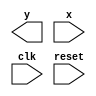
// Moore1101 - Maquinas de estados finitos
// Nome: Julio Machado

//-----------
// Moore FSM
//-----------
/* 
							Moore FSM Diagram 
		  				 				 __________________________
		 								/						  			\ 
	  			1 	   		1 	  v		0 		  		1		  1 | // found 
	[start] ---> [id1] ---> [id11] ---> [id110] ---> [id1101]
		^ \0 			0| 		1/  ^ 			  0 | 		0|
		\_/ 		 	/ 			 \__/ 				 | 		 |
		 \_________/ 									/ 			/
		  \ 											  / 		  /
		   \_________________________________/ 		 /
			 \														/
			  \______________________________________/
*/ 

//constant definitions
`define found		1
`define notfound	0

//FSM by Moore
module moore1101(y,x,clk,reset);
	output y;
	input x;
	input clk;
	input reset;
	
	reg y;
	
	parameter	//state identifiers
		start = 3'b000,
		id1 = 3'b001,
		id11 = 3'b011,
		id110 = 3'b010,
		id1101 = 3'b110; //signal found
		
		reg [1:0] E1;	//current state variables
		reg [1:0] E2;	//next state logic output
		
		//next state logic
		always @ (x or E1)
			begin
				y = `notfound;
				
				case (E1)
					start:
						if (x)
							E2 = id1;
						else
							E2 = start;
					id1:
						if (x)
							E2 = id11;
						else
							E2 = start;
					id11:
						if (x)
							E2 = id11;
						else
							E2 = id110;
					id110:
						if (x)
							E2 = id1101;
						else
							E2 = start;
					default:		//undefined state
						E2 = 2'bxx;
				endcase
			end //always at signal or state changing
			
		//state variables
			always @ (posedge clk or negedge reset)
				begin
					if (reset)
						E1 = E2;	//updates current state
					else
						E1 = start;	//reset
				end //always at signal changing
				
		//ouput logic
			always @ (E1)
				begin
					y = E1[2]; //first bit of state value
				end //always at state changing
				
endmodule //moore1101

// -----------
//	Test Moore
// -----------
module testMoore1101;
	reg x,reset,clk;
	wire y;
	
	moore1101 m1(y,x,clk,reset);
	
	initial
		begin
			x = 1'b1;
			reset = 1'b1;
			clk = 1'b0;
		end
	
	initial
		begin
		
		$display("Moore1101\nNome: Julio machado \nMatricula: 435666");
		
		$display("Clk  Rst  x  y");
		#4 x = 1'b0;
		#2 x = 1'b1;
		#4 $finish;
		end
		
	always
		#1 clk = ~clk;
	
	always @(posedge clk)
		begin
			$display("%d	%b  %b  %b",$time,reset,x,y);
		end

endmodule //testMoore

/* -- Documentacao complementar
 
 		Historico
 Nome						Data				Modificacao
 Mealy1101			30/09/2011		FSM by Mealy
 Moore1101			30/09/2011		FSM by Moore

			Testes e Resultados

 Mealy1101
 	*obs: nao conseguir fazer o programa identificar 1101, por isso,
			nao pude realizar mais testes
			
 Moore1101
 	*obs: nao conseguir fazer o programa identificar 1101, por isso,
			nao pude realizar mais testes
			
*/